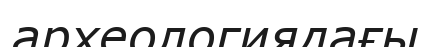
археологиядағы